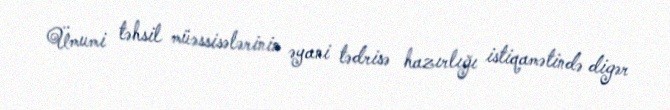
Ümumi təhsil müəssisələrinin əyani tədrisə hazırlığı istiqamətində digər